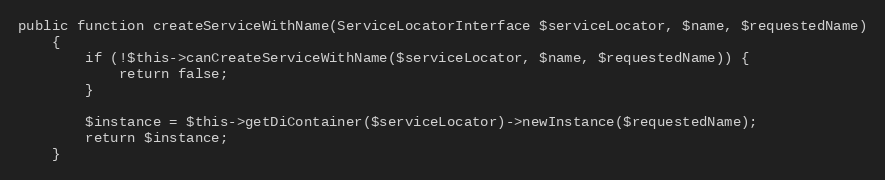
Language: PHP
public function createServiceWithName(ServiceLocatorInterface $serviceLocator, $name, $requestedName)
    {
        if (!$this->canCreateServiceWithName($serviceLocator, $name, $requestedName)) {
            return false;
        }

        $instance = $this->getDiContainer($serviceLocator)->newInstance($requestedName);
        return $instance;
    }